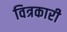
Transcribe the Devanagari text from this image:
वित्रकारी